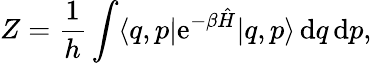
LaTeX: Z={\frac{1}{h}}\int\langle q,p|\mathrm{e}^{-\beta{\hat{H}}}|q,p\rangle\, \mathrm{d}q\, \mathrm{d}p,